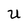
Character: U